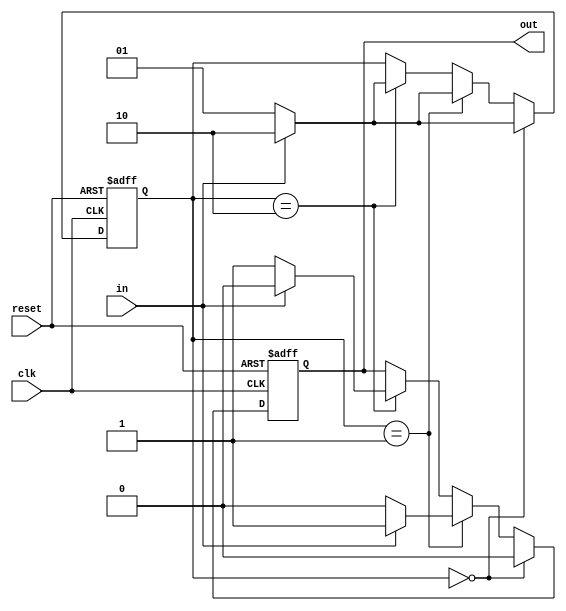
module FSM(input in,reset,clk,
				output reg out);
	
	reg[1:0] state;
	//reg out;
	parameter A=2'b00,B=2'b01,C=2'b10;
	
	always@(posedge clk or posedge reset)
	begin
		if(reset==1)
		begin
			out<=0;
			state<=A;
		end
		
		else
		begin
			if(state==A)
				begin
				if(in==0)
				begin
					state<=B;
					out<=0;
				end
				
				else
				begin
					state<=C;
					out<=0;
				end
				end
			else if(state==B)
				begin
				if(in==0)
				begin
					state<=B;
					out<=0;
				end
				
				else
				begin
					state<=C;
					out<=1;
				end
				end
			else if(state==C)
			begin
				if(in==0)
				begin
					state<=B;
					out<=1;
				end
				
				else
				begin
					state<=C;
					out<=0;
				end
			end
		end
	end
	
	
endmodule